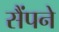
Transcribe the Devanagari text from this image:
सैंपने